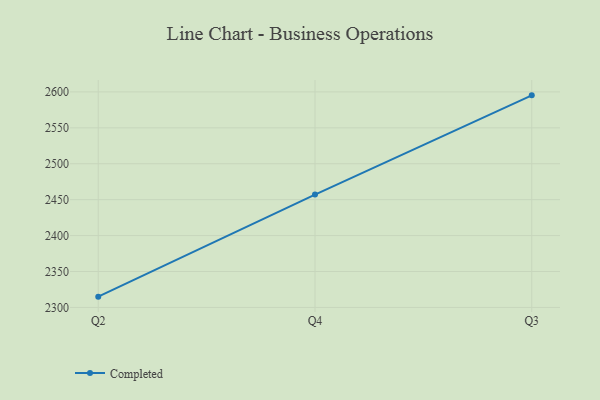
{"axis": {"x": "Quarter", "y": "Population (Million)"}, "legend": ["Completed"], "data": [{"x": "Q2", "y": 2315.0, "type": "Completed"}, {"x": "Q4", "y": 2457.1, "type": "Completed"}, {"x": "Q3", "y": 2595.2, "type": "Completed"}]}